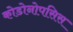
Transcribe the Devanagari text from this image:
कोडोनोपसिस